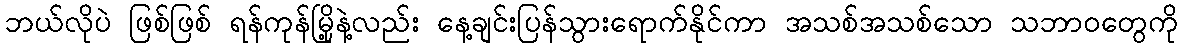
ဘယ်လိုပဲ ဖြစ်ဖြစ် ရန်ကုန်မြို့နဲ့လည်း နေ့ချင်းပြန်သွားရောက်နိုင်ကာ အသစ်အသစ်သော သဘာဝတွေကို